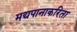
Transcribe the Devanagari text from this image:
मद्यपानाकरिता